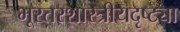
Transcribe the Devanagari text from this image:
भूस्तरशास्त्रीयदृष्ट्या